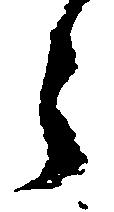
う